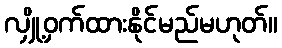
လျှို့ဝှက်ထားနိုင်မည်မဟုတ်။